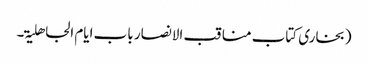
(بخاری کتاب مناقب الانصار باب ایام الجاھلیۃ۔